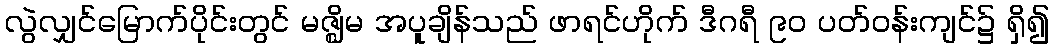
လွဲလျှင်မြောက်ပိုင်းတွင် မဇ္ဈိမ အပူချိန်သည် ဖာရင်ဟိုက် ဒီဂရီ ၉၀ ပတ်ဝန်းကျင်၌ ရှိ၍